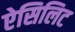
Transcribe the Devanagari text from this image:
ऐसिलिट